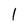
Character: 1